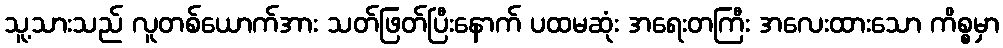
သူ့သားသည် လူတစ်ယောက်အား သတ်ဖြတ်ပြီးနောက် ပထမဆုံး အရေးတကြီး အလေးထားသော ကိစ္စမှာ